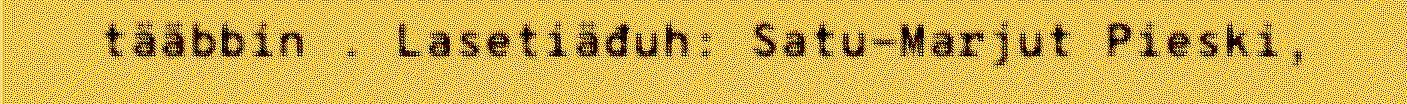
tääbbin . Lasetiäđuh: Satu-Marjut Pieski,